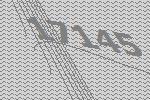
17145